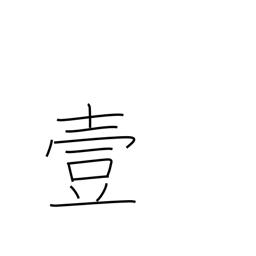
Meaning: number one